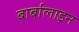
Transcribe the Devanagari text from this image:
बार्बालाइन